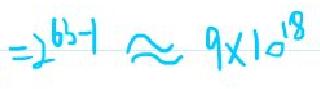
$=2^{63 - 1}\approx9\times10^{18}$